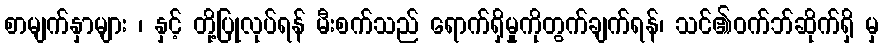
စာမျက်နှာများ ၊ နှင့် တို့ပြုလုပ်ရန် မီးစက်သည် ရောက်ရှိမှုကိုတွက်ချက်ရန်၊ သင်၏ဝက်ဘ်ဆိုက်ရှိ မှ